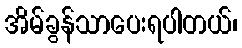
အိမ်ခွန်သာပေးရပါတယ်၊